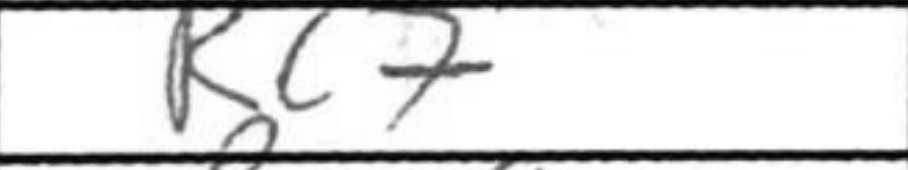
Transcription: Rc7